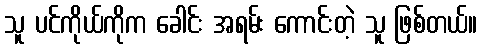
သူ ပင်ကိုယ်ကိုက ခေါင်း အရမ်း ကောင်းတဲ့ သူ ဖြစ်တယ်။